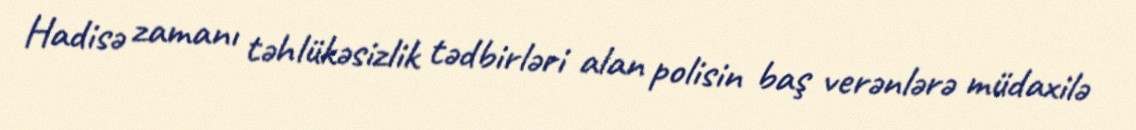
Hadisə zamanı təhlükəsizlik tədbirləri alan polisin baş verənlərə müdaxilə